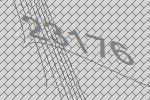
23176